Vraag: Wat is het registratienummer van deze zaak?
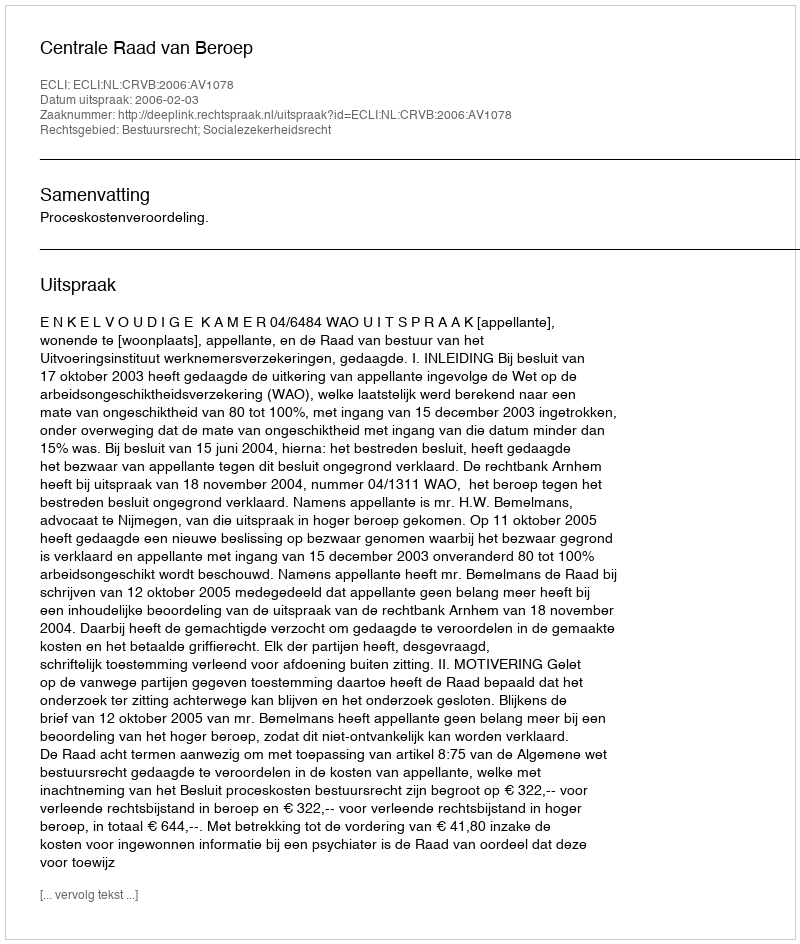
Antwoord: http://deeplink.rechtspraak.nl/uitspraak?id=ECLI:NL:CRVB:2006:AV1078